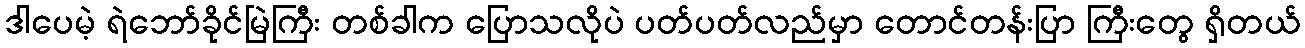
ဒါပေမဲ့ ရဲဘော်ခိုင်မြဲကြီး တစ်ခါက ပြောသလိုပဲ ပတ်ပတ်လည်မှာ တောင်တန်းပြာ ကြီးတွေ ရှိတယ်